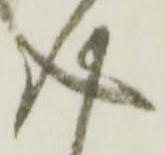
心